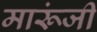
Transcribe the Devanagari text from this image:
मारूंजी